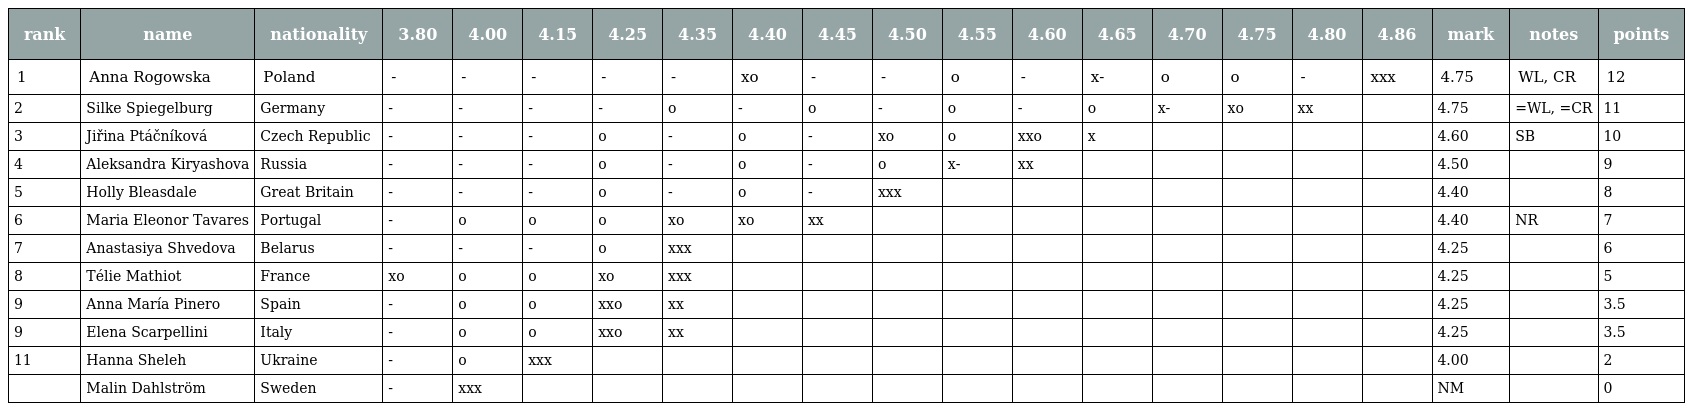
| rank | name | nationality | 3.80 | 4.00 | 4.15 | 4.25 | 4.35 | 4.40 | 4.45 | 4.50 | 4.55 | 4.60 | 4.65 | 4.70 | 4.75 | 4.80 | 4.86 | mark | notes | points |
 | --- | --- | --- | --- | --- | --- | --- | --- | --- | --- | --- | --- | --- | --- | --- | --- | --- | --- | --- | --- | --- |
 | 1 | Anna Rogowska | Poland | - | - | - | - | - | xo | - | - | o | - | x- | o | o | - | xxx | 4.75 | WL, CR | 12 |
 | 2 | Silke Spiegelburg | Germany | - | - | - | - | o | - | o | - | o | - | o | x- | xo | xx |  | 4.75 | =WL, =CR | 11 |
 | 3 | Jiřina Ptáčníková | Czech Republic | - | - | - | o | - | o | - | xo | o | xxo | x |  |  |  |  | 4.60 | SB | 10 |
 | 4 | Aleksandra Kiryashova | Russia | - | - | - | o | - | o | - | o | x- | xx |  |  |  |  |  | 4.50 |  | 9 |
 | 5 | Holly Bleasdale | Great Britain | - | - | - | o | - | o | - | xxx |  |  |  |  |  |  |  | 4.40 |  | 8 |
 | 6 | Maria Eleonor Tavares | Portugal | - | o | o | o | xo | xo | xx |  |  |  |  |  |  |  |  | 4.40 | NR | 7 |
 | 7 | Anastasiya Shvedova | Belarus | - | - | - | o | xxx |  |  |  |  |  |  |  |  |  |  | 4.25 |  | 6 |
 | 8 | Télie Mathiot | France | xo | o | o | xo | xxx |  |  |  |  |  |  |  |  |  |  | 4.25 |  | 5 |
 | 9 | Anna María Pinero | Spain | - | o | o | xxo | xx |  |  |  |  |  |  |  |  |  |  | 4.25 |  | 3.5 |
 | 9 | Elena Scarpellini | Italy | - | o | o | xxo | xx |  |  |  |  |  |  |  |  |  |  | 4.25 |  | 3.5 |
 | 11 | Hanna Sheleh | Ukraine | - | o | xxx |  |  |  |  |  |  |  |  |  |  |  |  | 4.00 |  | 2 |
 |  | Malin Dahlström | Sweden | - | xxx |  |  |  |  |  |  |  |  |  |  |  |  |  | NM |  | 0 |